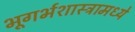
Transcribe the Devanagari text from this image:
भूगर्भशास्त्रामध्ये